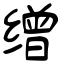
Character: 缯